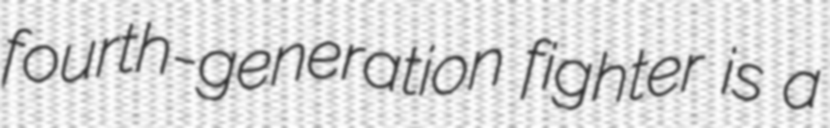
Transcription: fourth-generation fighter is a